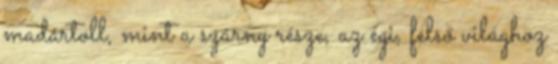
madártoll, mint a szárny része, az égi, felső világhoz